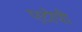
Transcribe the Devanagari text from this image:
एटोपी